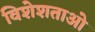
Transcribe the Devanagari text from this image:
विशेशताओ